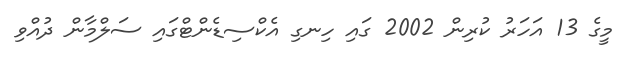
މީގެ 13 އަހަރު ކުރިން 2002 ގައި ހިނގި އެކްސިޑެންޓްގައި ސަލްމާން ދުއްވި